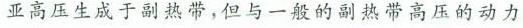
亚高压生成于副热带，但与一般的副热带高压的动力